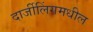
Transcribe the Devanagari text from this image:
दार्जीलिंगमधील